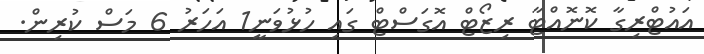
އައުޓްރިިގާ ކޮނޮއްޓާ ރިޒޯޓް އޮގަސްޓް ގައި ހުޅުވަނީ1 އަހަރު 6 މަސް ކުރިން.